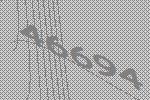
46694